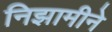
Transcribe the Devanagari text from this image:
निझामीने